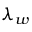
\lambda _ { w }